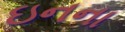
ઇનના